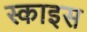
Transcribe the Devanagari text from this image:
स्काइस